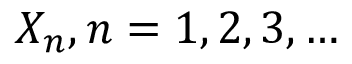
X _ { n } , n = 1 , 2 , 3 , \dots